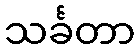
သင်္ခတာ